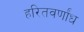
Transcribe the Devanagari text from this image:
हरितवर्णांध